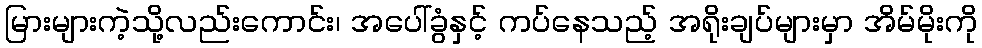
မြားများကဲ့သို့လည်းကောင်း၊ အပေါ်ခွံနှင့် ကပ်နေသည့် အရိုးချပ်များမှာ အိမ်မိုးကို